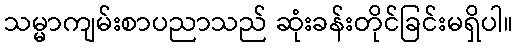
သမ္မာကျမ်းစာပညာသည် ဆုံးခန်းတိုင်ခြင်းမရှိပါ။